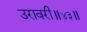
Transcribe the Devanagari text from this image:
उरावरी॥४३॥